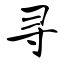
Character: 寻